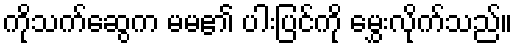
ကိုသက်ဆွေက မမ၏ ပါးပြင်ကို မွှေးလိုက်သည်။